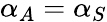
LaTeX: \alpha_{A}=\alpha_{S}